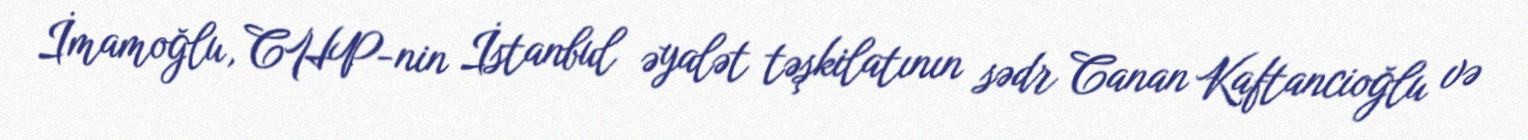
İmamoğlu, CHP-nin İstanbul əyalət təşkilatının sədr Canan Kaftancioğlu və